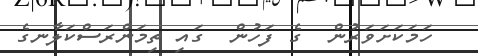
ހަމަކަށަވަރުން  ގެ ފަހުން  ގައި ތިމަންރަސްކަލާނގެ